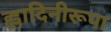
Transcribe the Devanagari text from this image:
ह्लादिनीरूपा